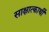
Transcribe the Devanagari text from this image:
साक्षात्कार्थी